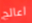
اعالج